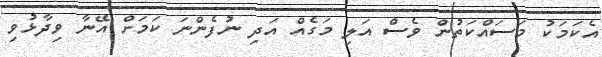
އެކަމަކު މަސައްކަތުން ވެސް އަލި މަގެއް އަދި ނުފެންނަ ކަމަށް އޭނާ ވިދާޅުވި